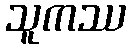
သူကဿ